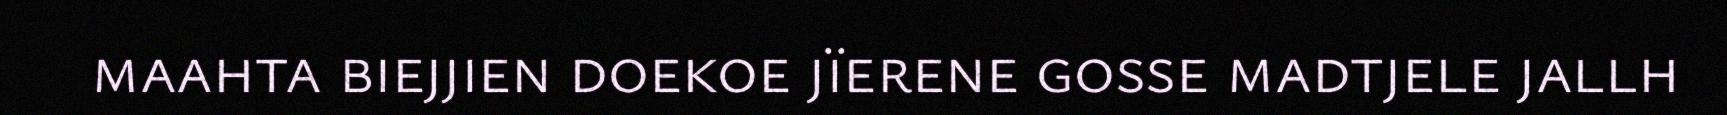
maahta biejjien doekoe jïerene gosse madtjele jallh